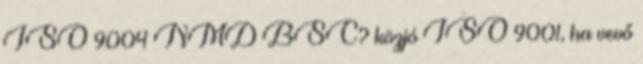
ISO 9004 NMD BSC? közjó ISO 9001, ha vevő